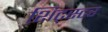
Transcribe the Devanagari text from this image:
शिट्स्टर